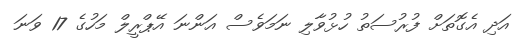
އަދި އެގޮތަށް ފުރުސަތު ހުޅުވާލި ނަމަވެސް އަންނަ އޭޕްރީލް މަހުގެ 17 ވަނަ